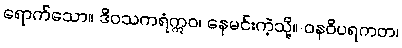
ရောက်သော။ ဒိဝသကရံဣဝ၊ နေမင်းကဲ့သို့။ ဝနဝိပရကတ၊